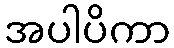
အပါပိကာ